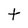
Character: t